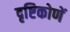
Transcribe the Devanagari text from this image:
दृष्टिकोणें